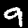
Digit: 9